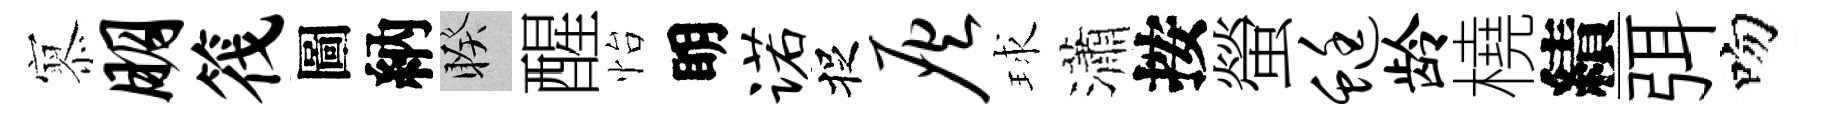
𡪹朋筏圖納睽醒怡眀诺捉灰球瀟按螢蜓龄橈績弭吻